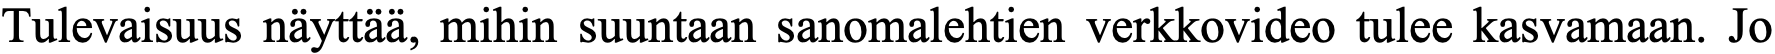
Tulevaisuus näyttää, mihin suuntaan sanomalehtien verkkovideo tulee kasvamaan. Jo